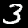
Digit: 3